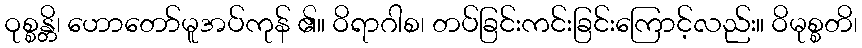
ဝုစ္စန္တိ၊ ဟောတော်မူအပ်ကုန် ၏။ ဝိရာဂါစ၊ တပ်ခြင်းကင်းခြင်းကြောင့်လည်း။ ဝိမုစ္စတိ၊